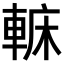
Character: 𨌟